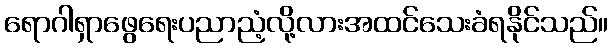
ရောဂါရှာဖွေရေးပညာညံ့လို့လားအထင်သေးခံရနိုင်သည်။